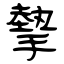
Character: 摰